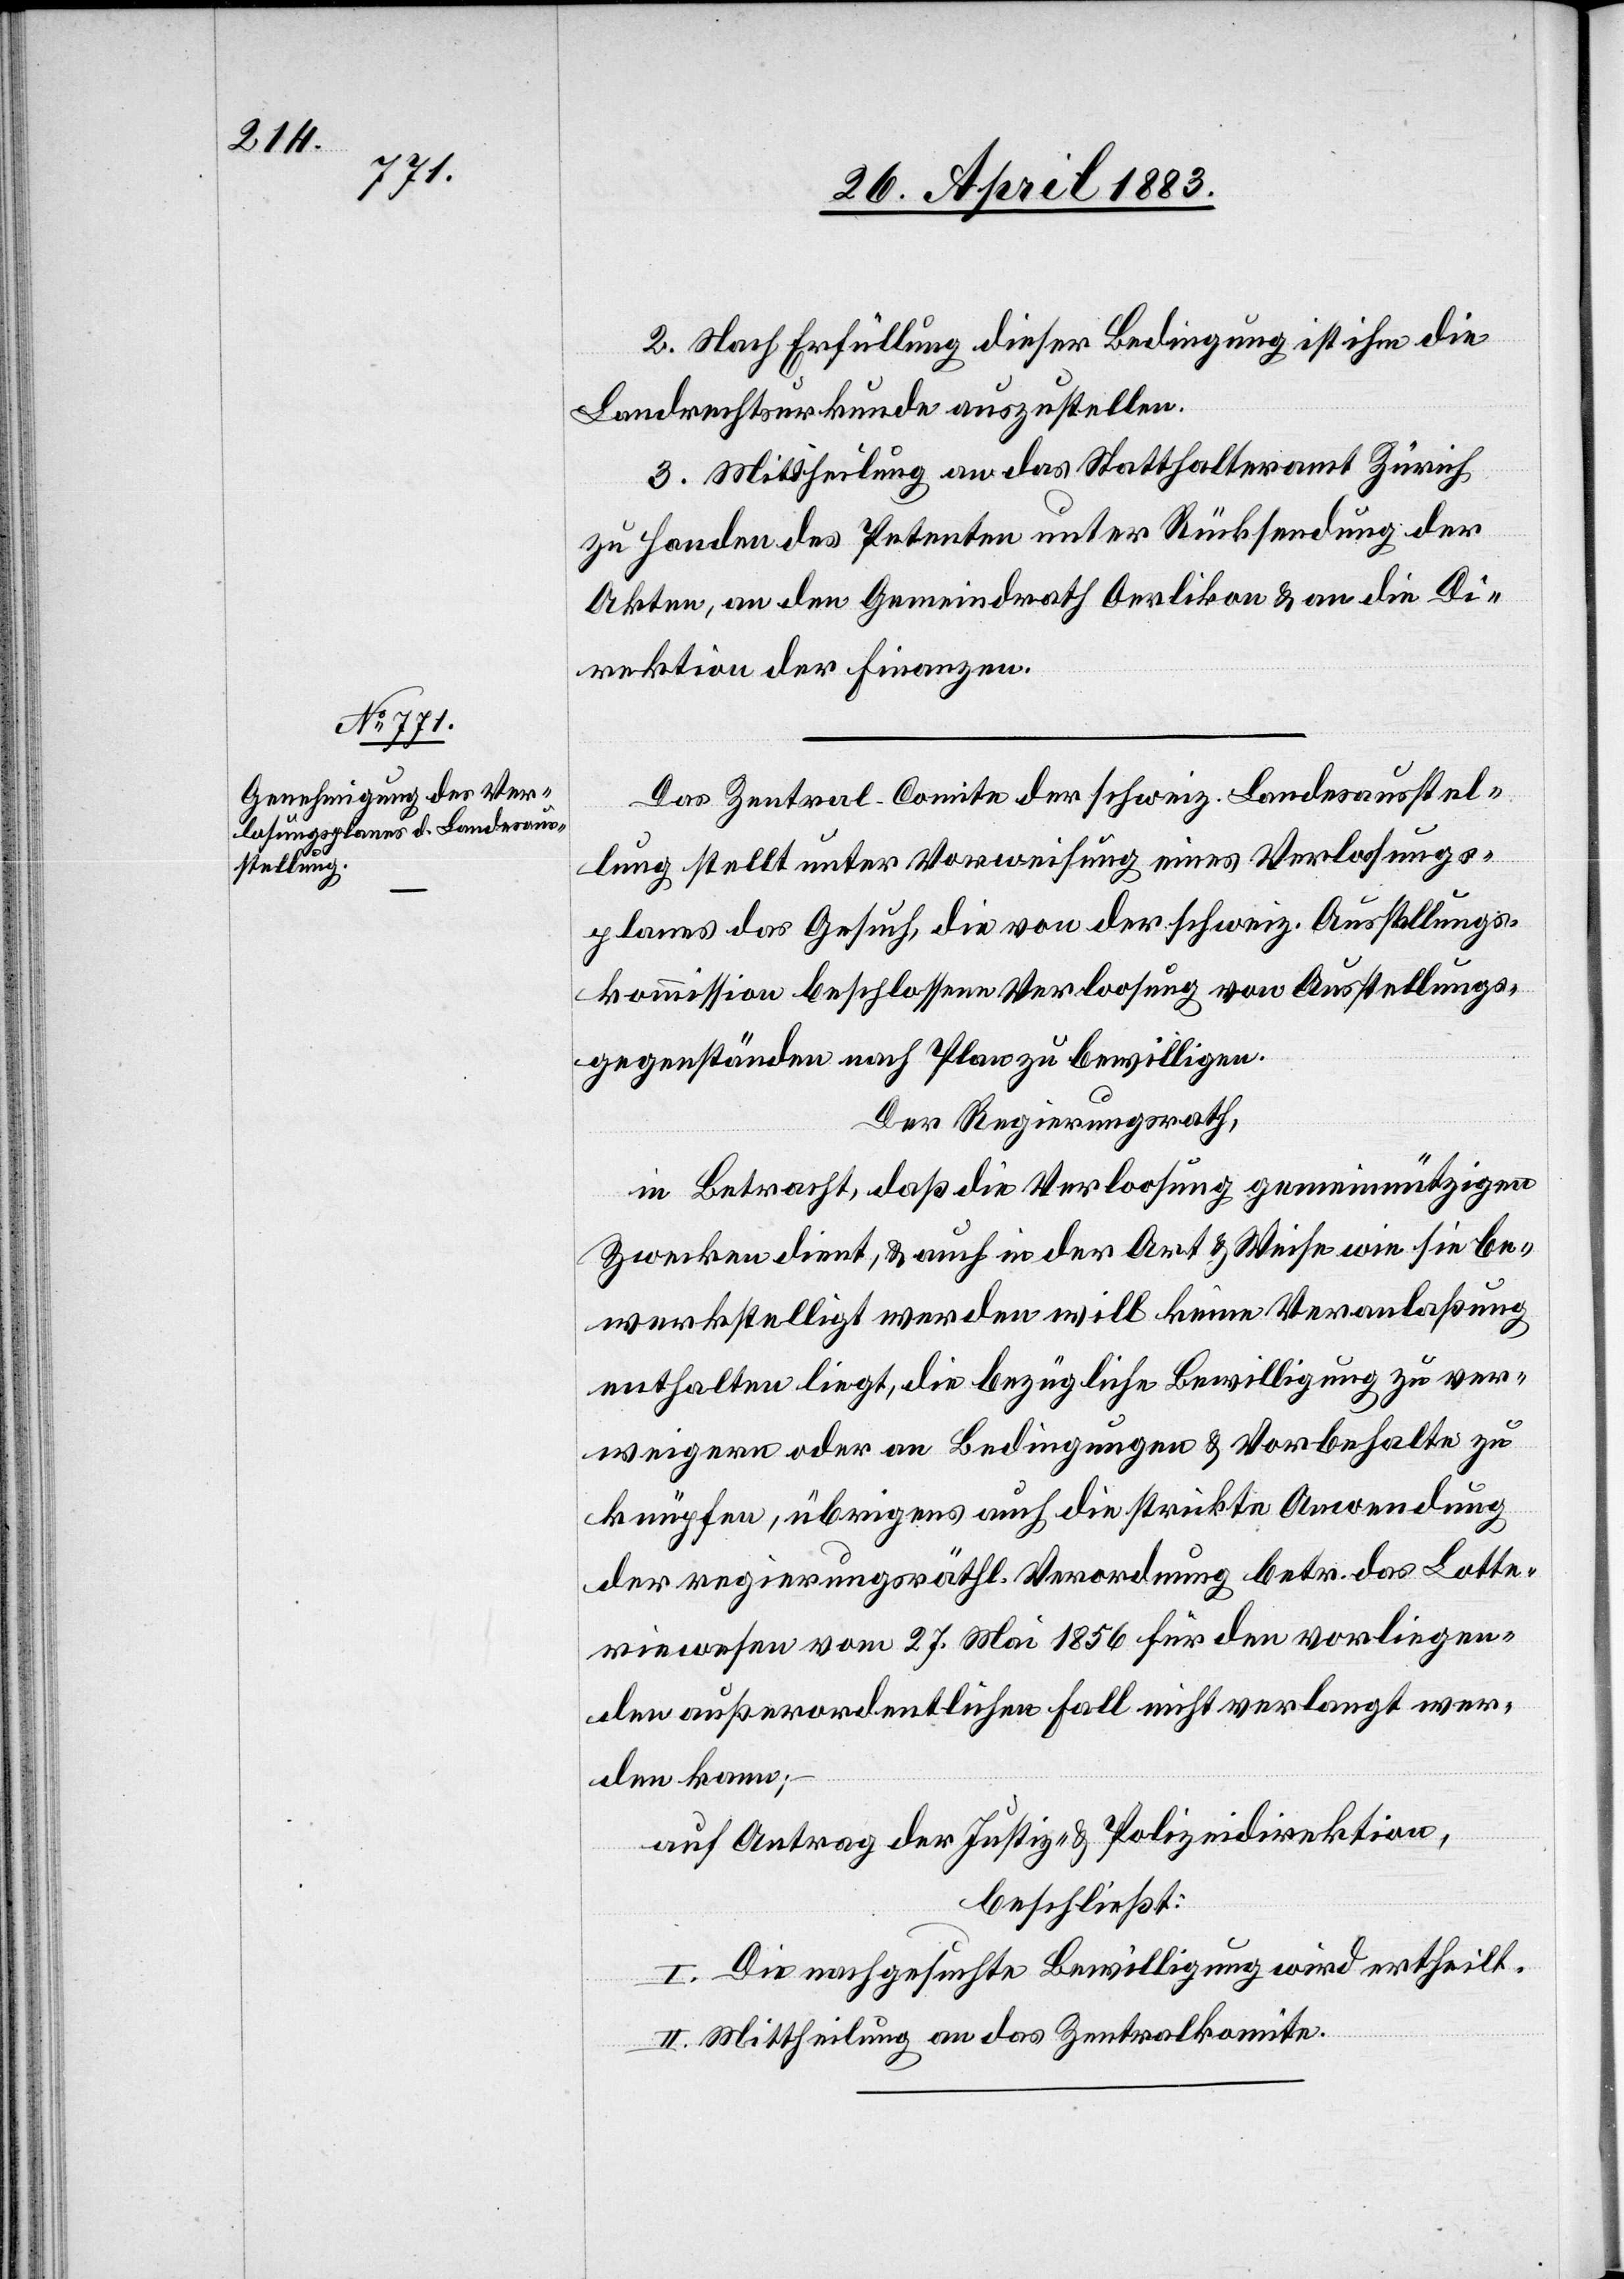
2. Nach Erfüllung dieser Bedingung ist ihm die
Landrechtsurkunde auszustellen.
3. Mittheilung an das Statthalteramt Zürich
zu Handen des Petenten unter Rücksendung der
Akten, an den Gemeindrath Oerlikon & an die Di¬
rektion der Finanzen.
Das Zentral-Comite der schweiz. Landesausstel¬
lung stellt unter Vorweisung eines Verlosungs¬
planes das Gesuch, die von der schweiz. Ausstellungs¬
kommission beschlossene Verloosung von Ausstellungs¬
gegenständen nach Plan zu bewilligen.
Der Regierungsrath,
in Betracht, daß die Verloosung gemeinnützigen
Zwecken dient, & auch in der Art & Weise wie sie be¬
werkstelligt werden will keine Veranlaßung
enthalten liegt, die bezügliche Bewilligung zu ver¬
weigern oder an Bedingungen & Vorbehalte zu
knüpfen, übrigens auch die strikte Anwendung
der regierungsräthl. Verordnung betr. das Lotte¬
riewesen vom 27. Mai 1856 für den vorliegen¬
den außerordentlichen Fall nicht verlangt wer¬
den kann;
auf Antrag der Justiz- & Polizeidirektion,
beschließt:
I. Die nachgesuchte Bewilligung wird ertheilt.
II. Mittheilung an das Zentralkomite.